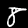
Digit: 8